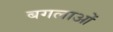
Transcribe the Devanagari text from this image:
बगलाओं